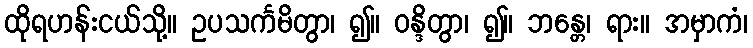
ထိုရဟန်းငယ်သို့။ ဥပသင်္ကမိတွာ၊ ၍။ ဝန္ဒိတွာ၊ ၍။ ဘန္တေ၊ ရား။ အမှာကံ၊